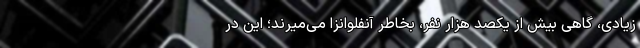
زیادی، گاهی بیش از یکصد هزار نفر، بخاطر آنفلوانزا می‌میرند؛ این در